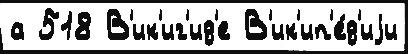
а 518 В'ик'иг'ид'е В'ик'ип'е́д'иjи